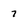
Character: 7